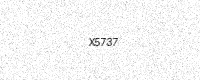
Text: X5737